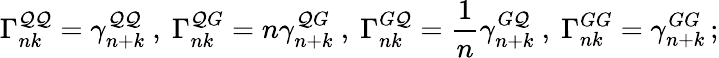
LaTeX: \Gamma_{nk}^{\mathcal{Q}\mathcal{Q}}=\gamma_{n+k}^{\mathcal{Q}\mathcal{Q}}\ ,\ \Gamma_{nk}^{\mathcal{Q}G}=n\gamma_{n+k}^{\mathcal{Q}G}\ ,\ \Gamma_{nk}^{G\mathcal{Q}}=\frac{{1}}{{n}}\gamma_{n+k}^{G\mathcal{Q}}\ ,\ \Gamma_{nk}^{GG}=\gamma_{n+k}^{GG}\, ;